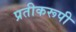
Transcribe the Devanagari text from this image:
प्रतीकरूपी